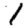
Digit: 1